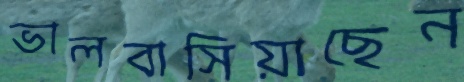
ভালবাসিয়াছেন